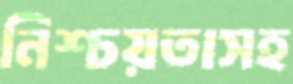
নিশ্চয়তাসহ